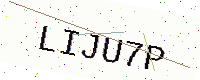
Text: LIJU7P